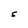
Character: S